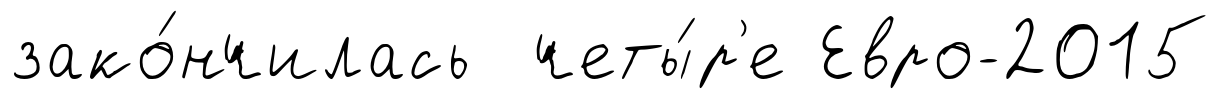
зако́нчилась четы́р'е Евро-2015